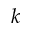
k